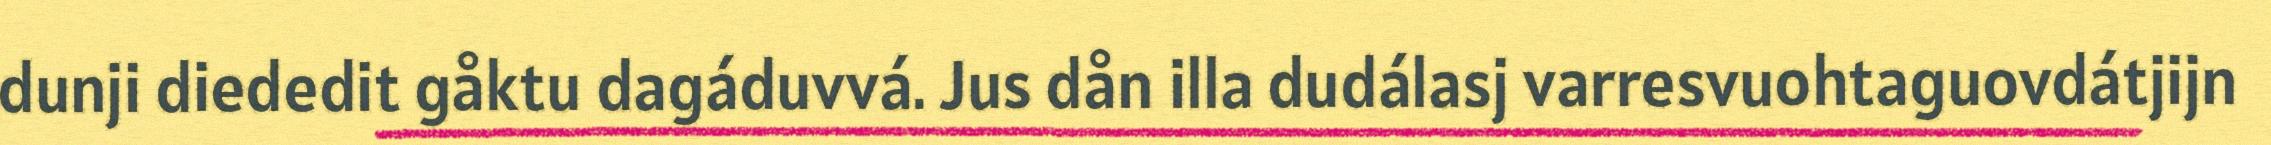
dunji diededit gåktu dagáduvvá. Jus dån illa dudálasj varresvuohtaguovdátjijn